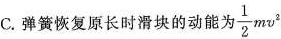
c.弹簧恢复原长时滑块的动能为， \frac{1}{2}mv^{2}